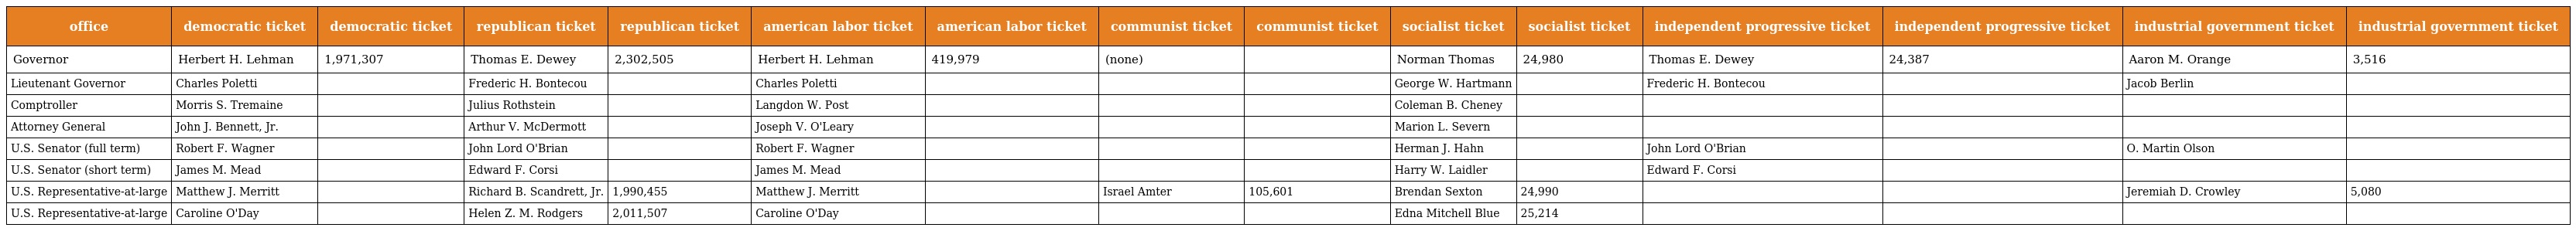
| office | democratic ticket | democratic ticket | republican ticket | republican ticket | american labor ticket | american labor ticket | communist ticket | communist ticket | socialist ticket | socialist ticket | independent progressive ticket | independent progressive ticket | industrial government ticket | industrial government ticket |
 | --- | --- | --- | --- | --- | --- | --- | --- | --- | --- | --- | --- | --- | --- | --- |
 | Governor | Herbert H. Lehman | 1,971,307 | Thomas E. Dewey | 2,302,505 | Herbert H. Lehman | 419,979 | (none) |  | Norman Thomas | 24,980 | Thomas E. Dewey | 24,387 | Aaron M. Orange | 3,516 |
 | Lieutenant Governor | Charles Poletti |  | Frederic H. Bontecou |  | Charles Poletti |  |  |  | George W. Hartmann |  | Frederic H. Bontecou |  | Jacob Berlin |  |
 | Comptroller | Morris S. Tremaine |  | Julius Rothstein |  | Langdon W. Post |  |  |  | Coleman B. Cheney |  |  |  |  |  |
 | Attorney General | John J. Bennett, Jr. |  | Arthur V. McDermott |  | Joseph V. O'Leary |  |  |  | Marion L. Severn |  |  |  |  |  |
 | U.S. Senator (full term) | Robert F. Wagner |  | John Lord O'Brian |  | Robert F. Wagner |  |  |  | Herman J. Hahn |  | John Lord O'Brian |  | O. Martin Olson |  |
 | U.S. Senator (short term) | James M. Mead |  | Edward F. Corsi |  | James M. Mead |  |  |  | Harry W. Laidler |  | Edward F. Corsi |  |  |  |
 | U.S. Representative-at-large | Matthew J. Merritt |  | Richard B. Scandrett, Jr. | 1,990,455 | Matthew J. Merritt |  | Israel Amter | 105,601 | Brendan Sexton | 24,990 |  |  | Jeremiah D. Crowley | 5,080 |
 | U.S. Representative-at-large | Caroline O'Day |  | Helen Z. M. Rodgers | 2,011,507 | Caroline O'Day |  |  |  | Edna Mitchell Blue | 25,214 |  |  |  |  |